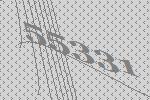
55331